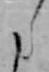
た